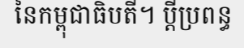
នៃកម្ពុជាធិបតី។ ប្តីប្រពន្ធ